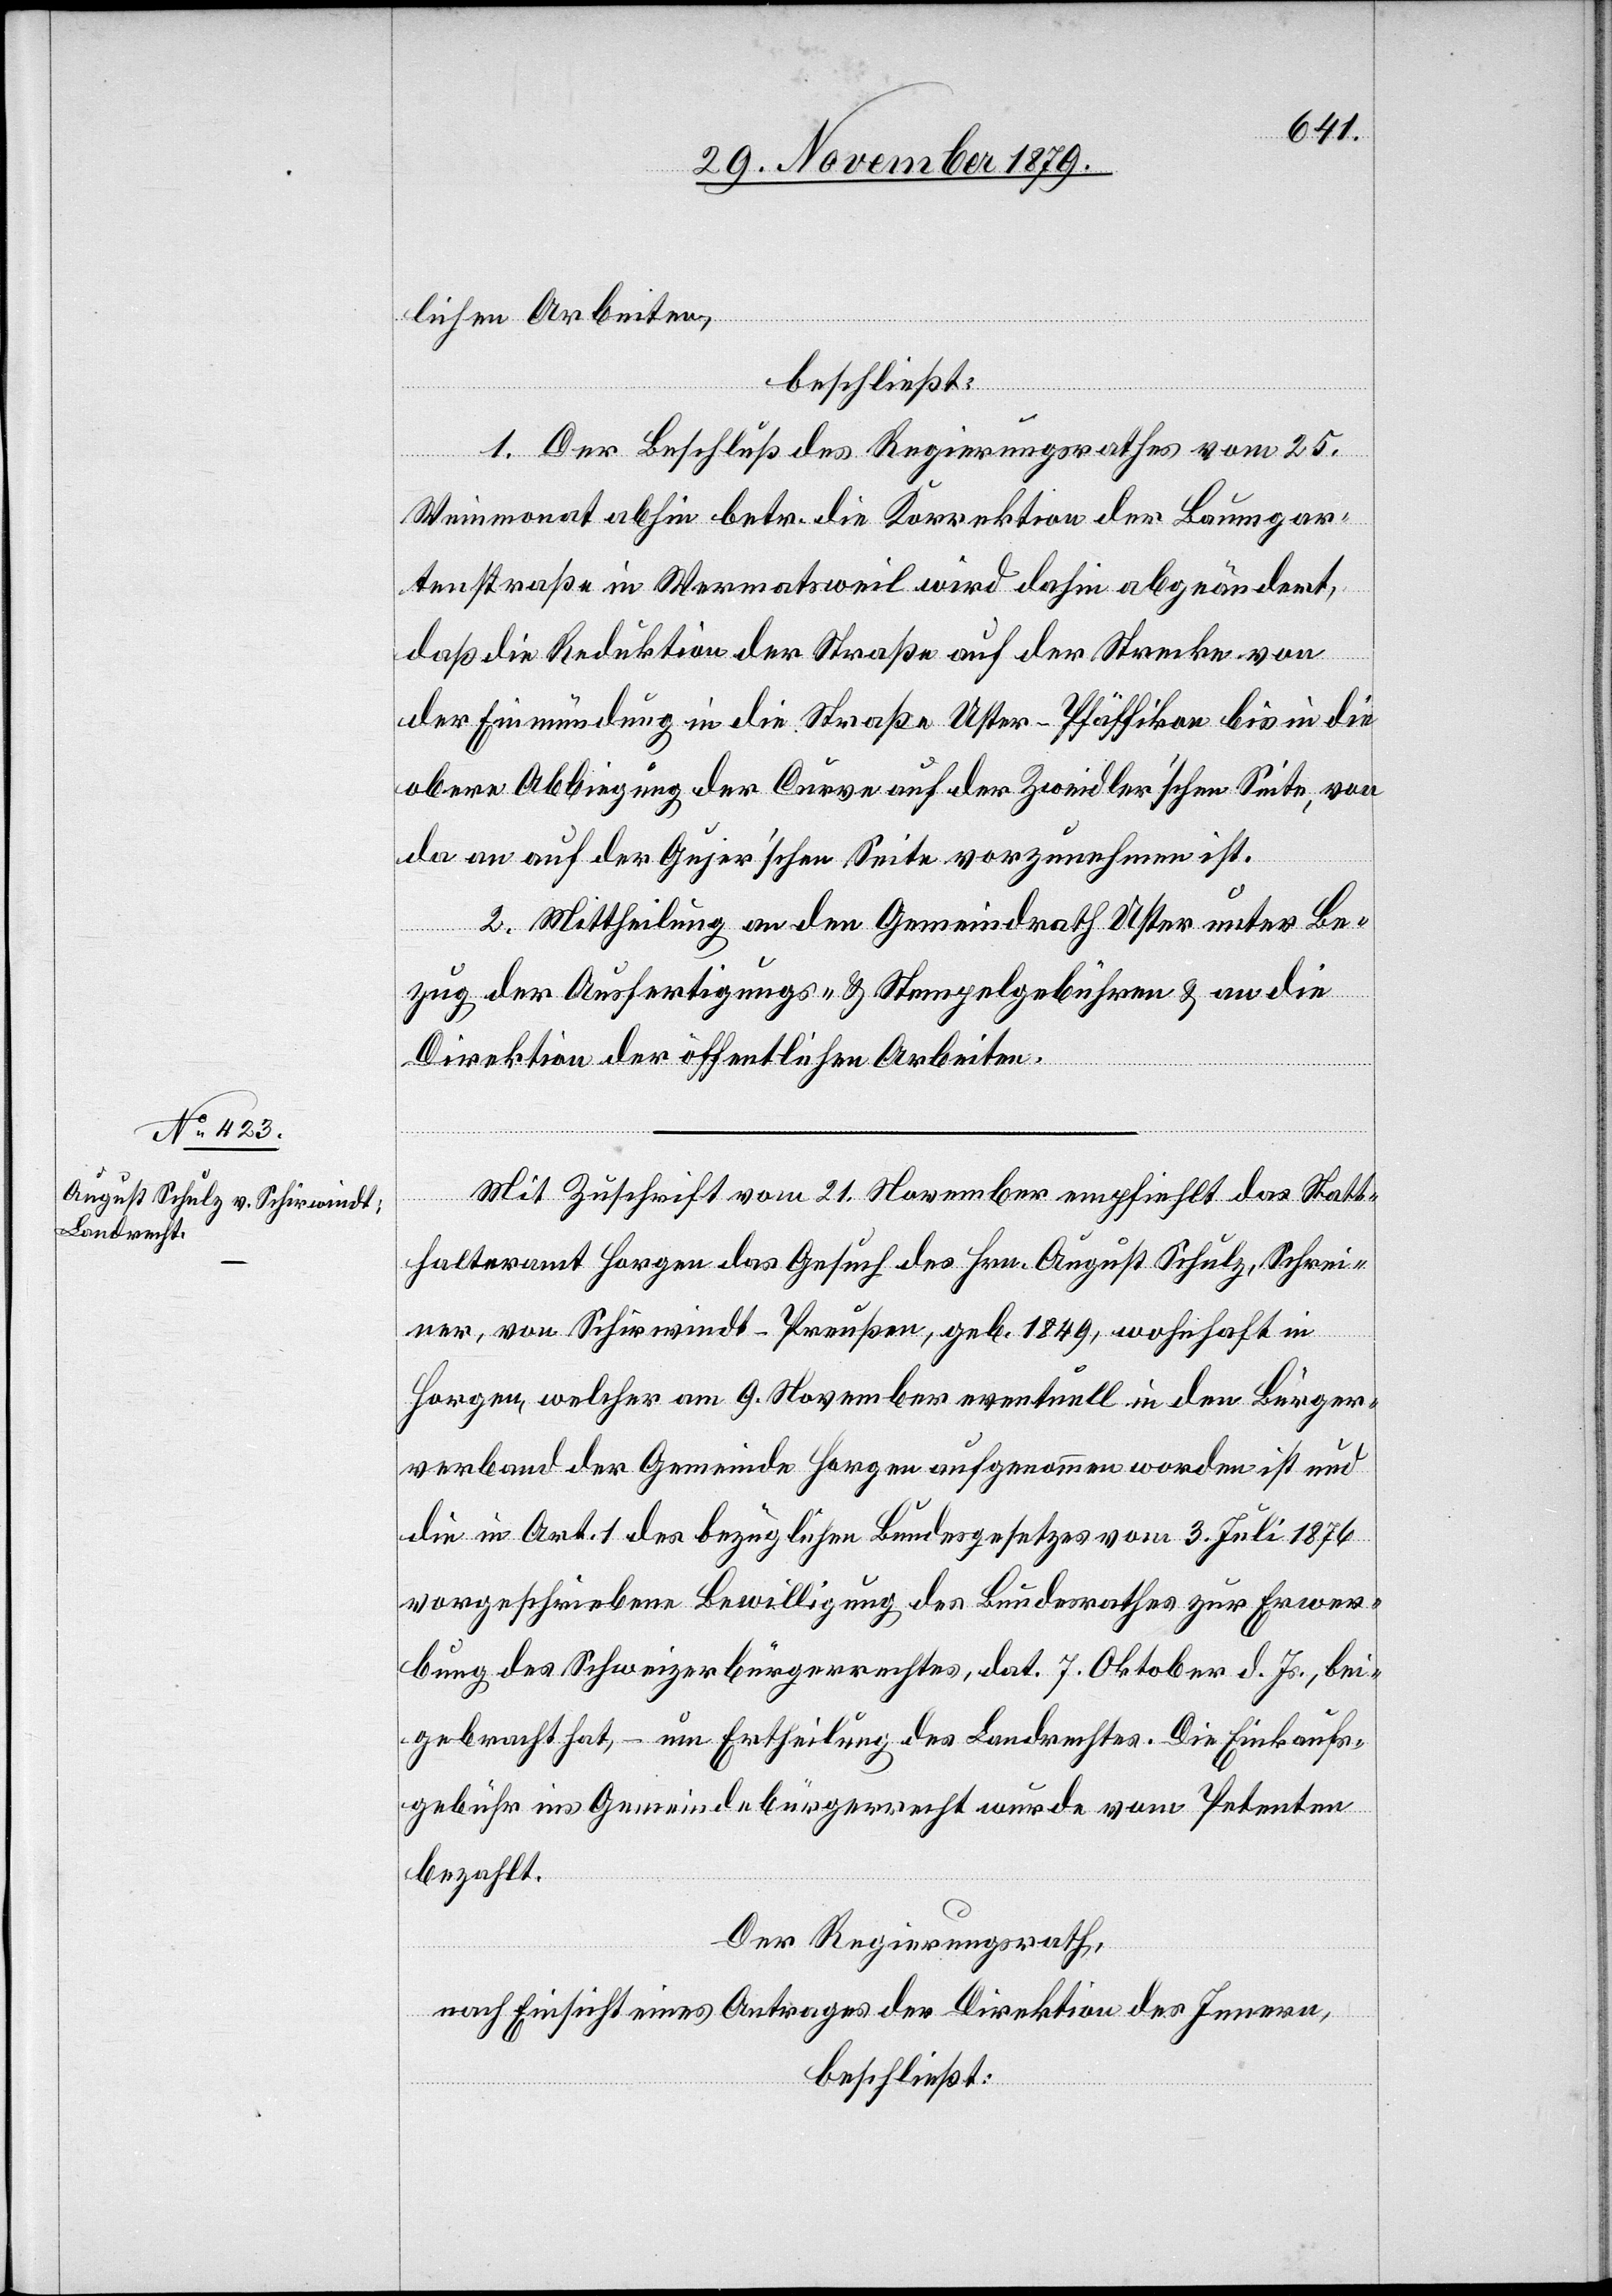
lichen Arbeiten,
beschließt:
1. Der Beschluß des Regierungsrathes vom 25.
Weinmonat abhin betr. die Korrektion der Baumgar¬
tenstraße in Wermatsweil wird dahin abgeändert,
daß die Reduktion der Straße auf der Strecke von
der Einmündung in die Straße Uster–Pfäffikon bis in die
obere Abbiegung der Curve auf der Zweidler’schen Seite, von
da an auf der Gujer’schen Seite vorzunehmen ist.
2. Mittheilung an den Gemeindrath Uster unter Be¬
zug der Ausfertigungs- & Stempelgebühren & an die
Direktion der öffentlichen Arbeiten.
Mit Zuschrift vom 21. November empfiehlt das Statt¬
halteramt Horgen das Gesuch des Hrn. August Schulz, Schrei¬
ner, von Schirwindt - Preußen, geb. 1849, wohnhaft in
Horgen, welcher am 9. November eventuell in den Bürger¬
verband der Gemeinde Horgen aufgenommen worden ist und
die in Art. 1 des bezüglichen Bundesgesetzes vom 3. Juli 1876
vorgeschriebene Bewilligung des Bundesrathes zur Erwer¬
bung des Schweizerbürgerrechtes, dat. 7. Oktober d. Js., bei¬
gebracht hat, – um Ertheilung des Landrechtes. Die Einkaufs¬
gebühr ins Gemeindebürgerrecht wurde vom Petenten
bezahlt.
Der Regierungsrath,
nach Einsicht eines Antrages der Direktion des Innern,
beschließt: